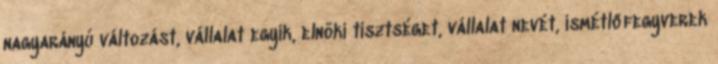
nagyarányú változást, vállalat egyik, elnöki tisztséget, vállalat nevét, ismétlőfegyverek